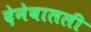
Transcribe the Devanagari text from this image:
देनेवालली